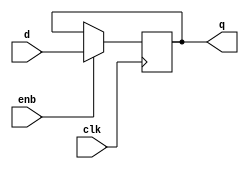
/* flip flop tipo D de n bits disparado por flanco
   creciente de clk con entrada de habilitacion enb.
   */
module DFF_nbits_enb #(parameter BITS = 1)
(
    input clk,
    input enb,
    input [BITS-1:0] d,
    output reg [BITS-1:0] q
);

always @(posedge clk) begin
    if (enb == 1'b1)
        q <= d;
end

endmodule